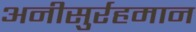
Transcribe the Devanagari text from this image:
अनीसुर्रहमान